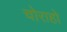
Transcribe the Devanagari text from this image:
चोराहो